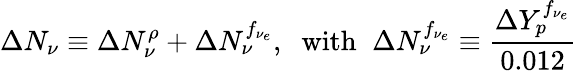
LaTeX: \Delta N_{\nu}\equiv\Delta N_{\nu}^{\rho}+\Delta N_{\nu}^{f_{\nu_{e}}},\; \; \mathrm{with}\; \; \Delta N_{\nu}^{f_{\nu_{e}}}\equiv{\frac{\Delta Y_{p}^{f_{\nu_{e}}}}{0.012}}